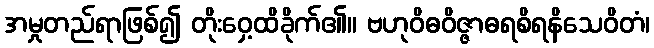
အမှုတည်ရာဖြစ်၍ တိုးဝှေ့ထိခိုက်၏။ ဗဟုဝိဓဝိဇ္ဇာဓရစိရနိသေဝိတံ၊